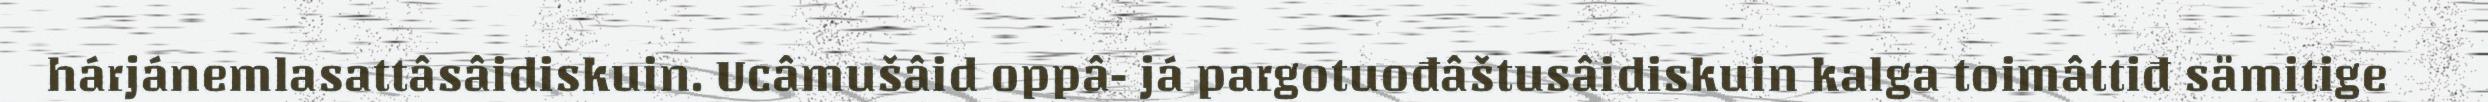
hárjánemlasattâsâidiskuin. Ucâmušâid oppâ- já pargotuođâštusâidiskuin kalga toimâttiđ sämitige